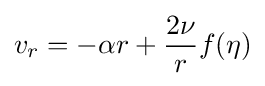
v_{r}=-\alpha r+{\frac {2\nu }{r}}f(\eta )